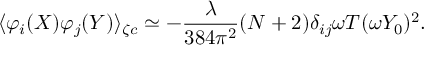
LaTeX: \langle \varphi _ { i } ( X ) \varphi _ { j } ( Y ) \rangle _ { \zeta c } \simeq - \frac { \lambda } { 3 8 4 \pi ^ { 2 } } ( N + 2 ) \delta _ { i j } \omega T ( \omega Y _ { 0 } ) ^ { 2 } .